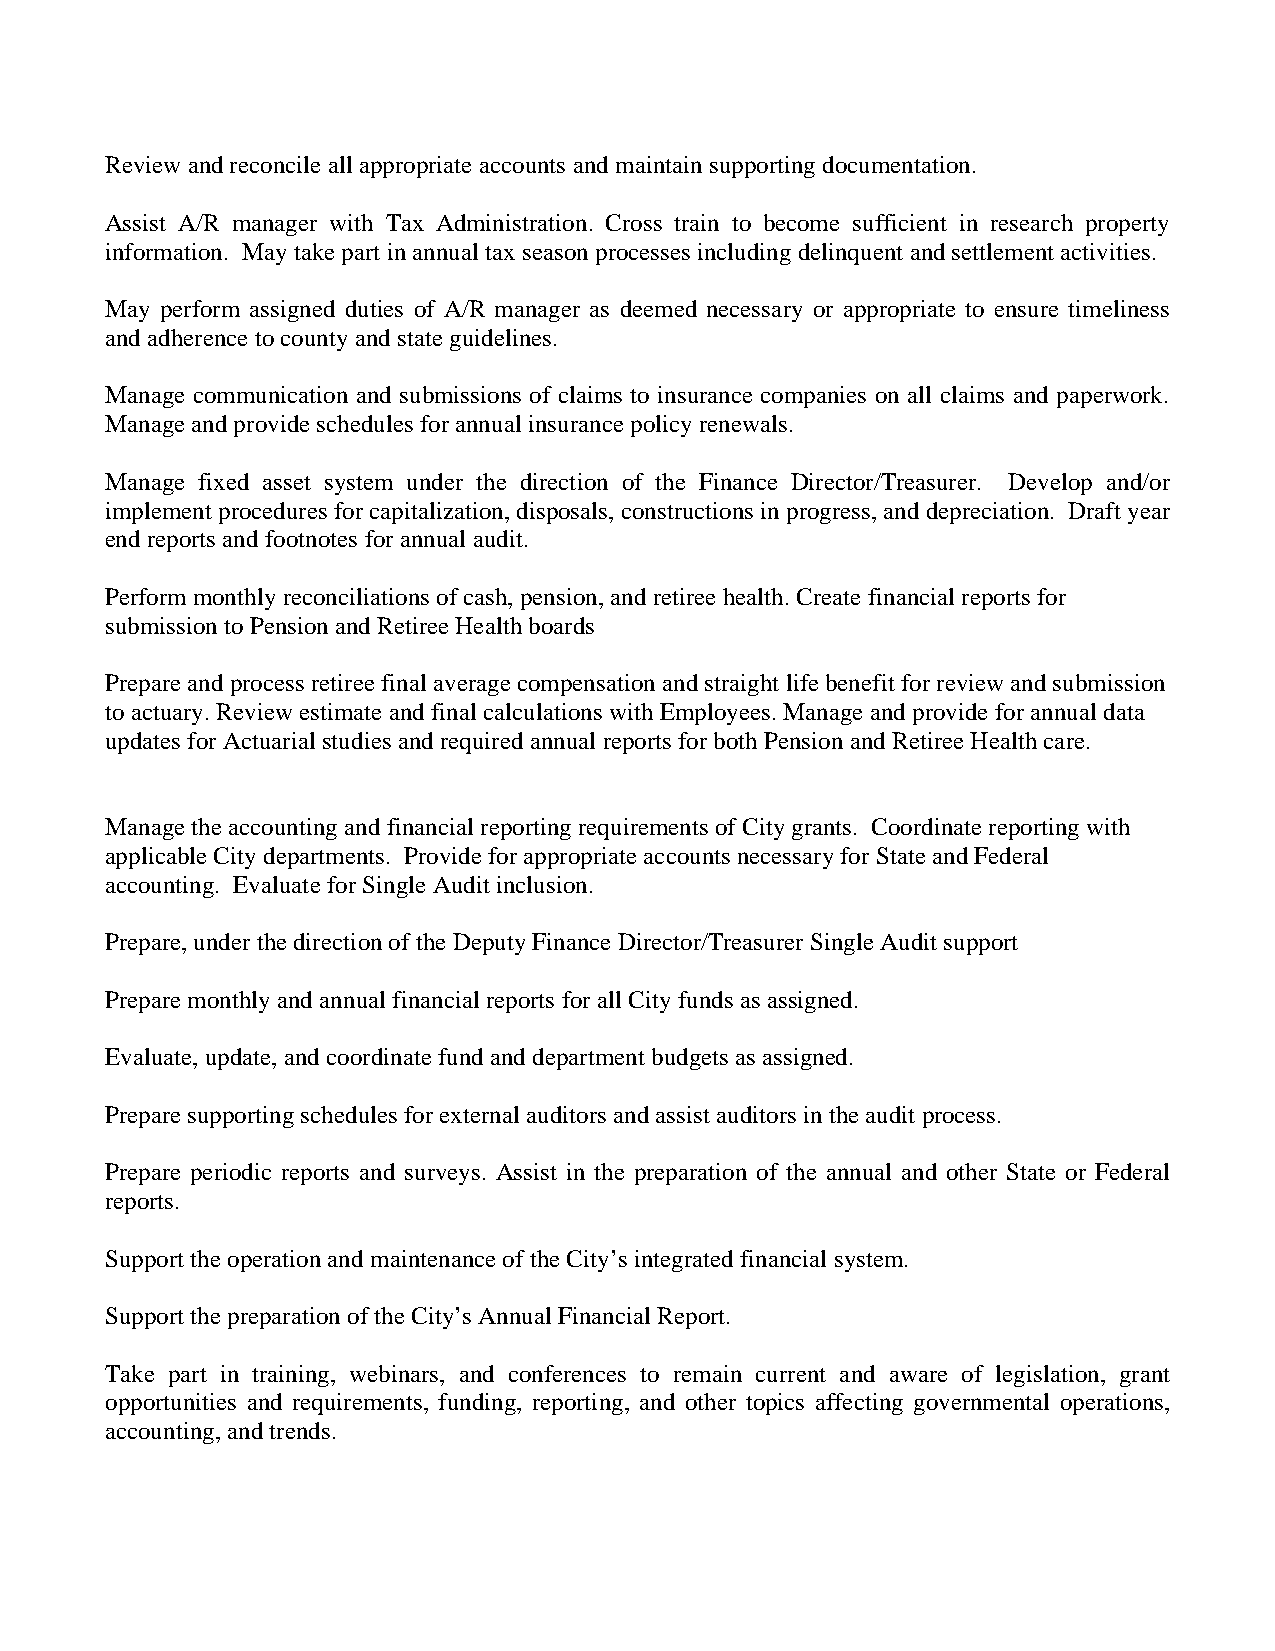
Review and reconcile all appropriate accounts and maintain supporting documentation.
 Assist A/R manager with Tax Administration. Cross train to become sufficient in research property
 information. May take part in annual tax season processes including delinquent and settlement activities.
 May perform assigned duties of A/R manager as deemed necessary or appropriate to ensure timeliness
 and adherence to county and state guidelines.
 Manage communication and submissions of claims to insurance companies on all claims and paperwork.
 Manage and provide schedules for annual insurance policy renewals.
 Manage fixed asset system under the direction of the Finance Director/Treasurer. Develop and/or
 implement procedures for capitalization, disposals, constructions in progress, and depreciation. Draft year
 end reports and footnotes for annual audit.
 Perform monthly reconciliations of cash, pension, and retiree health. Create financial reports for
 submission to Pension and Retiree Health boards
 Prepare and process retiree final average compensation and straight life benefit for review and submission
 to actuary. Review estimate and final calculations with Employees. Manage and provide for annual data
 updates for Actuarial studies and required annual reports for both Pension and Retiree Health care.
 Manage the accounting and financial reporting requirements of City grants. Coordinate reporting with
 applicable City departments. Provide for appropriate accounts necessary for State and Federal
 accounting. Evaluate for Single Audit inclusion.
 Prepare, under the direction of the Deputy Finance Director/Treasurer Single Audit support
 Prepare monthly and annual financial reports for all City funds as assigned.
 Evaluate, update, and coordinate fund and department budgets as assigned.
 Prepare supporting schedules for external auditors and assist auditors in the audit process.
 Prepare periodic reports and surveys. Assist in the preparation of the annual and other State or Federal
 reports.
 Support the operation and maintenance of the City’s integrated financial system.
 Support the preparation of the City’s Annual Financial Report.
 Take part in training, webinars, and conferences to remain current and aware of legislation, grant
 opportunities and requirements, funding, reporting, and other topics affecting governmental operations,
 accounting, and trends.